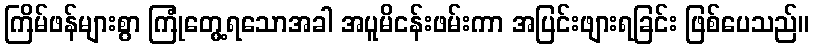
ကြိမ်ဖန်များစွာ ကြုံတွေ့ရသောအခါ အပူမိငန်းဖမ်းကာ အပြင်းဖျားရခြင်း ဖြစ်ပေသည်။